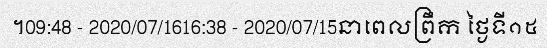
។09:48 - 2020/07/1616:38 - 2020/07/15នាពេលព្រឹក ថ្ងៃទី១៥